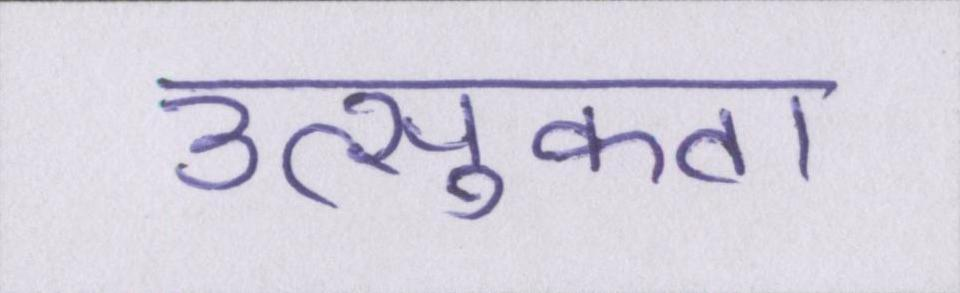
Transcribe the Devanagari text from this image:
उत्सुकता